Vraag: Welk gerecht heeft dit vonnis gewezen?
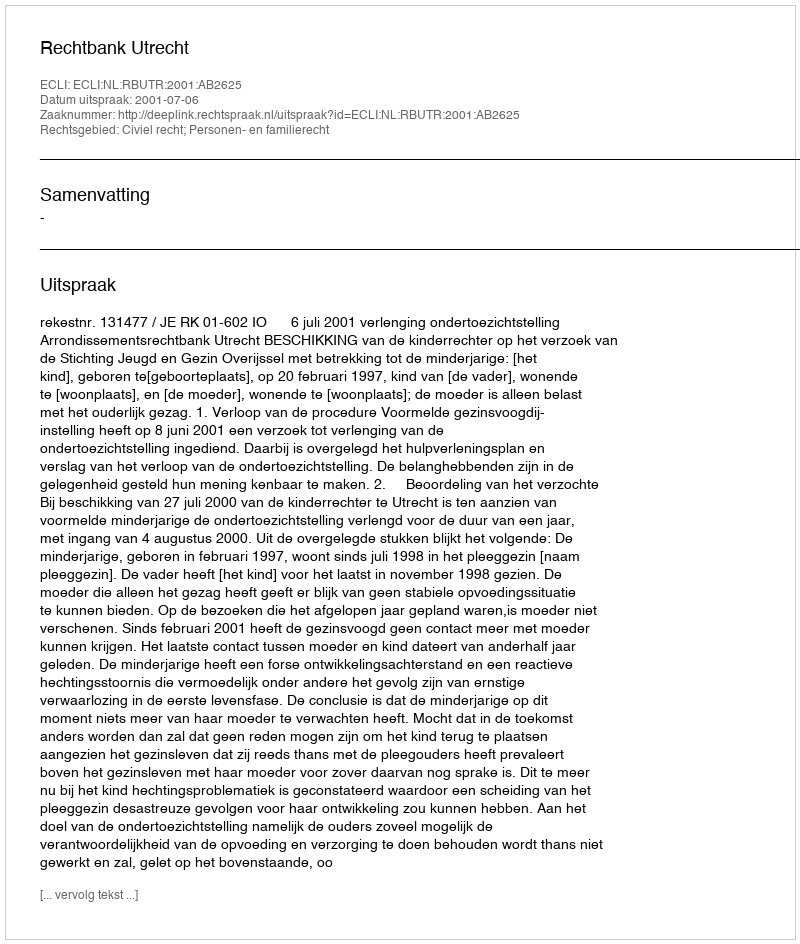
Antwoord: Rechtbank Utrecht